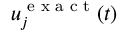
u _ { j } ^ { \textnormal { e x a c t } } ( t )